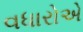
વધારોએ